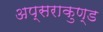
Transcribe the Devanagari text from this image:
अप्सराकुण्ड